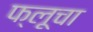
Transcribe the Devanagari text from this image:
फ्लूचा